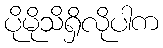
ပိုမိုသိရှိလိုပါက